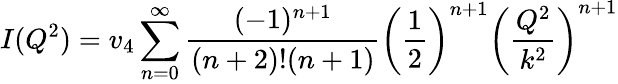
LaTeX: I(Q^{2})=v_{4}\sum_{n=0}^{\infty}\frac{(-1)^{n+1}}{(n+2)!(n+1)}\left(\frac{1}{2}\right)^{n+1}\left(\frac{Q^{2}}{k^{2}}\right)^{n+1}